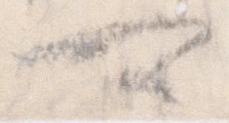
可